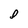
Character: D